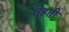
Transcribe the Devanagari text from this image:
तहती